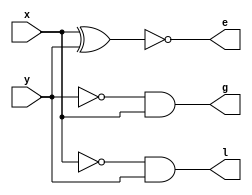
module one_bit_comparator(g,e,l,x,y);

input x,y;
output g,e,l;

//for structural modeling
wire o1 ,o2 ,o3;

//structural modeling
not g1(o1,y);
and g2(g,o1,x);
xor g3(o2,x,y);
not g4(e,o2);
not g5(o3,x);
and g6(l,o3,y);

//dataflow modeling
assign g= x & ~y;
assign e = ~(x^y);
assign l = ~x & y;

endmodule